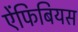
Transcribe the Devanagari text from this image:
ऐंफिबियस